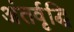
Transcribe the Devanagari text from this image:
अंतर्वृद्धि